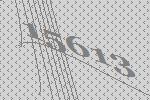
15613